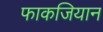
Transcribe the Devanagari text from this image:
फाकजियान